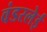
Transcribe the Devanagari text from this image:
वंडरलेई